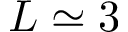
L \simeq 3